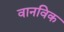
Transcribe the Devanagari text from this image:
वानविक